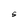
Character: S